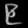
Digit: ၉